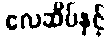
လေဆိပ်နှင့်